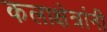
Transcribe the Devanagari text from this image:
कलाक्षेत्रांनी